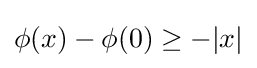
\phi (x)-\phi (0)\geq -|x|